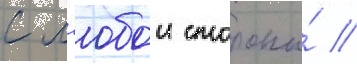
с л'юбои стороны́ //